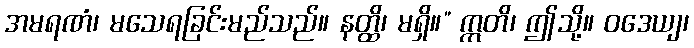
အမရဏံ၊ မသေရခြင်းမည်သည်။ နတ္ထိ၊ မရှိ။” ဣတိ၊ ဤသို့။ ဝဒေယျ၊